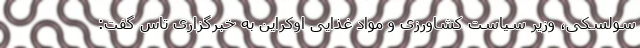
سولسکی، وزیر سیاست کشاورزی و مواد غذایی اوکراین به خبرگزاری تاس گفت: